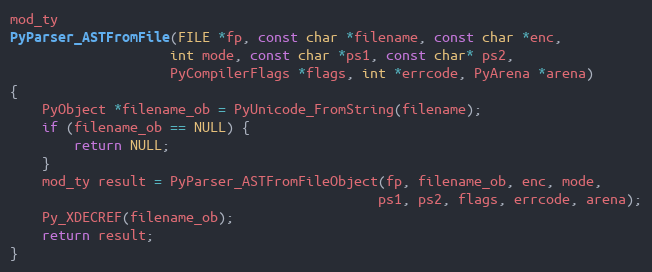
Language: C
mod_ty
PyParser_ASTFromFile(FILE *fp, const char *filename, const char *enc,
                    int mode, const char *ps1, const char* ps2,
                    PyCompilerFlags *flags, int *errcode, PyArena *arena)
{
    PyObject *filename_ob = PyUnicode_FromString(filename);
    if (filename_ob == NULL) {
        return NULL;
    }
    mod_ty result = PyParser_ASTFromFileObject(fp, filename_ob, enc, mode,
                                              ps1, ps2, flags, errcode, arena);
    Py_XDECREF(filename_ob);
    return result;
}